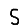
Digit: 5